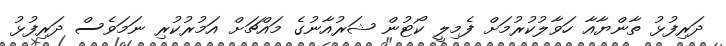
ދަރިފުޅު ތާންޔާއާ ހަވާލުކުރުމަށް ފެމިލީ ކޯޓުން ޝަރުއާނުގެ މައްޗަށް އަމުރުކުރި ނަމަވެސް ދަރިފުޅު